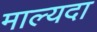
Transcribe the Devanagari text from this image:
माल्यदा